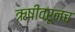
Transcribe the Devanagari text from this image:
ऋषीवरूनच